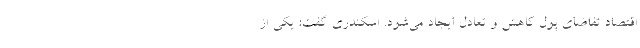
اقتصاد تفاضای پول کاهش و تعادل ایجاد می‌شود. اسکندری گفت:‌ یکی از